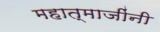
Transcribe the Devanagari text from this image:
महात्माजींनी